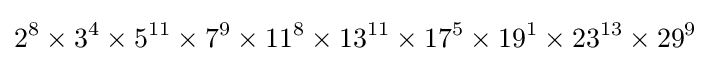
2^{8}\times 3^{4}\times 5^{11}\times 7^{9}\times 11^{8}\times 13^{11}\times 17^{5}\times 19^{1}\times 23^{13}\times 29^{9}